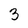
Character: 3